Vaccination North-Western Provinces and Oudh 1896-1901 - 1896-1901
Year: 1896
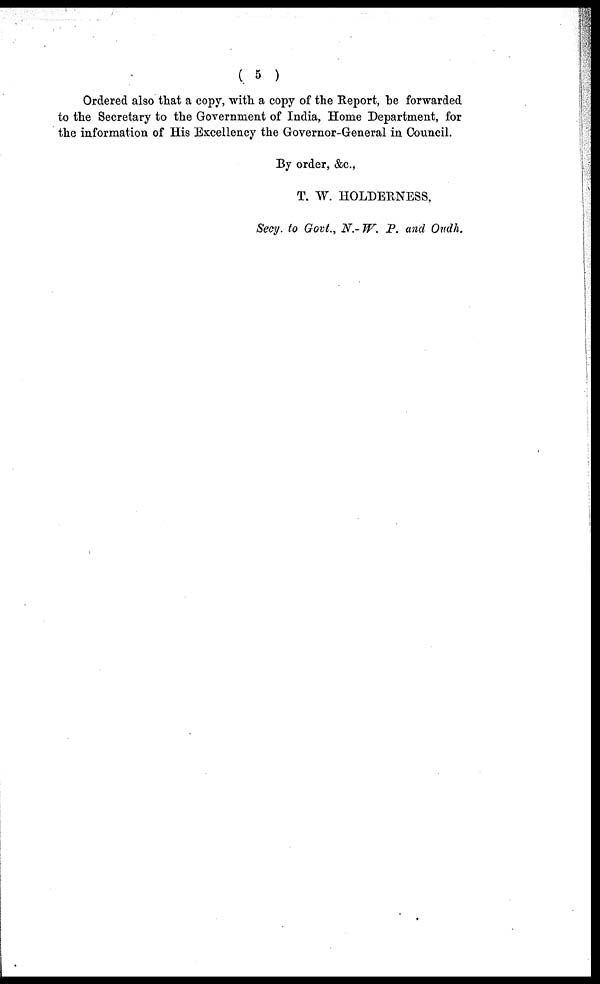
( 5 )
Ordered also that a copy, with a copy of the Report, be forwarded
to the Secretary to the Government of India, Home Department, for
the information of His Excellency the Governor-General in Council.
By order, &c.,
T. W. HOLDERNESS,
Secy. to Govt., N.-W. P. and Oudh.